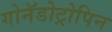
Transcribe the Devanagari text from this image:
गोनॅडोट्रोपिन